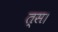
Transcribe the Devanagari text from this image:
त्स।